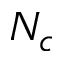
N _ { c }